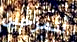
أتمزحين